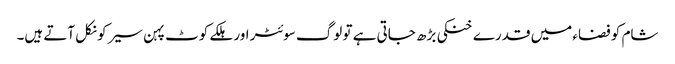
شام کو فضاء میں قدرے خنکی بڑھ جاتی ہے تو لوگ سوئٹر اور ہلکے کوٹ پہن سیر کو نکل آتے ہیں۔